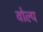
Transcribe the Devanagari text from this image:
वोल्प